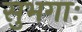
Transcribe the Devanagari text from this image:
सुभगाः